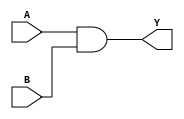
module and1(input wire A,B, output wire Y);
assign Y = A & B;
endmodule

module or1(input wire A,B, output wire Y);
assign Y = A | B;
endmodule

module not1(input wire A, output wire Y);
assign Y=~A;
endmodule

module nand1(input wire A,B, output wire Y);
wire x;
and1 a1(A,B,x);
not1 a2(x,Y);
endmodule


module nor1(input wire A,B, output wire Y);
wire x;
or1 a1(A,B,x);
not1 a2(x,Y);
endmodule


module xor1(input wire A,B, output wire C);
wire x,y,p,q;
not1 n1(A,x);
not1 n2(B,y);
and1 a1(B,x,p);
and1 a2(A,y,q);
or1 o1(p,q,C);
endmodule

module xnor1(input wire A,B, output wire C);
wire x,y,p,q;
not1 n1(A,x);
not1 n2(B,y);
and1 a1(y,x,p);
and1 a2(A,B,q);
or1 o1(p,q,C);
endmodule